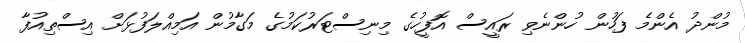
މުންދު އެންމެ ފަހުން ހުންނެވި ރައީސް އޮފީހުގެ މިނިސްޓަރުކަމުގެ މަގާމުން އަމިއްލަފުޅަށް އިސްތިއުފާ